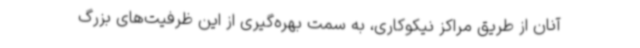
آنان از طریق مراکز نیکوکاری، به سمت بهره‌گیری از این ظرفیت‌های بزرگ